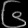
Digit: ၆